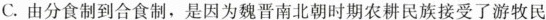
C.由分食制到会食制，是因为魏晋南北朝时期农耕民族接受了游牧民